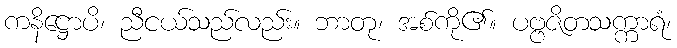
ကနိဋ္ဌောပိ၊ ညီငယ်သည်လည်း။ ဘာတု၊ အစ်ကို၏။ ပဗ္ဗဇိတသက္ကာရံ၊